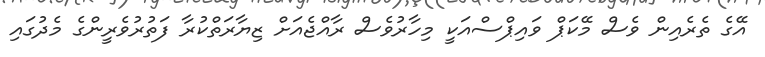
އޭގެ ތެރެއިން ވެސް މޭކަޕް ވައިޕްސްއަކީ މިހާރުވެސް ރާއްޖެއަށް ޒިޔާރަތްކުރާ ފަތުރުވެރީންގެ މެދުގައި